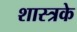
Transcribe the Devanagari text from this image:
शास्त्रके